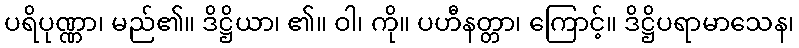
ပရိပုဏ္ဏာ၊ မည်၏။ ဒိဋ္ဌိယာ၊ ၏။ ဝါ၊ ကို။ ပဟီနတ္တာ၊ ကြောင့်။ ဒိဋ္ဌိပရာမာသေန၊